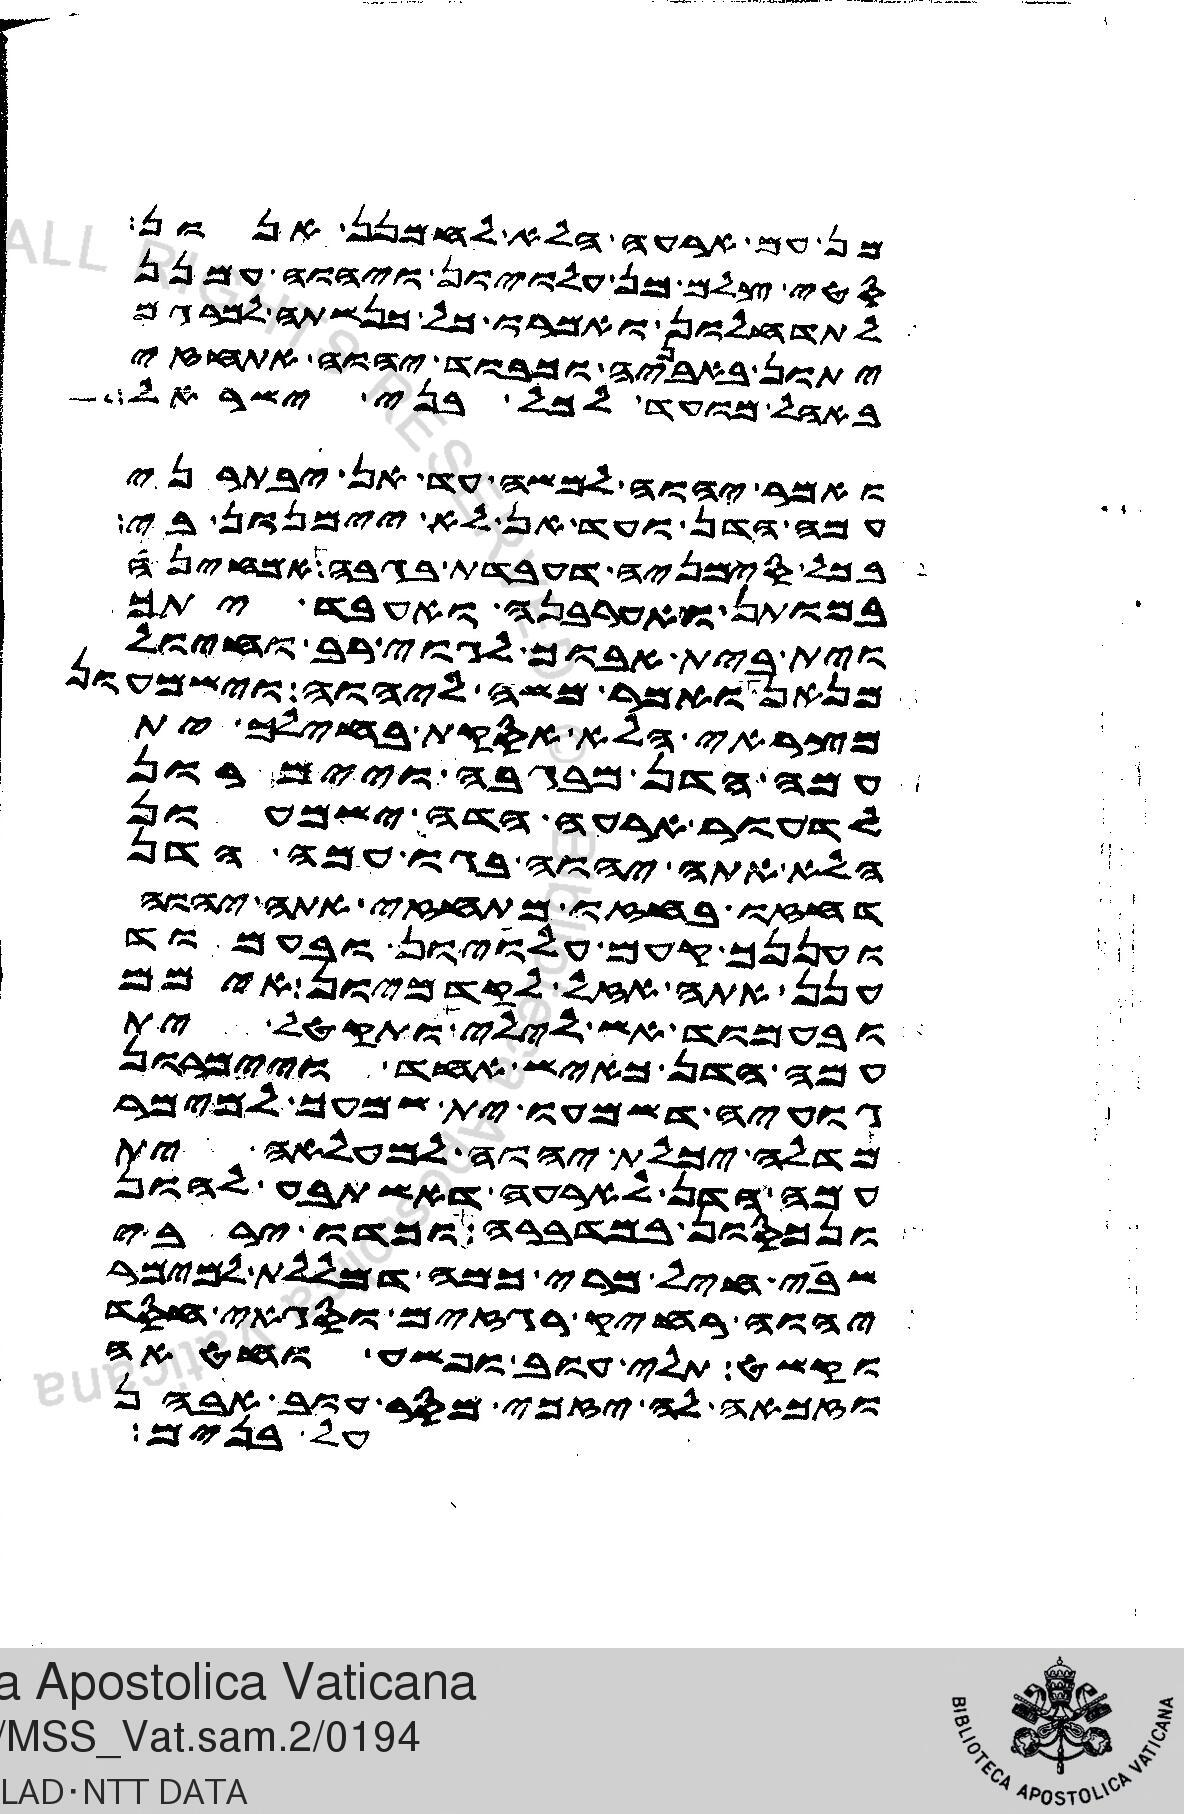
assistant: מן עם ארעה הלא לחמנן אנון
סטי צלם מן עלויון ויהוה עמנן
לתדחלון ואמרו כל כנשתה למרגם
יתון באבניה וכבוד יהוה אתחזי
באהל מועד לכל בני ישראל
ואמר יהוה למשה עד אן יבתרני
עמה הדן ועד אן לא יימנון בי
בכל סימניה דעבדת בגבה אמחינה
במותן ואערבנה ואעבד יתך
וית בית אבוך לגוי רב וחיול
מנאן ואמר משה ליהוה וישמעון
מצראי הלא אסקת בחילך ית
עמה הדן מבגבה ויימרון
לדעור ארעה הדה וישמעון
הלא אתה יהוה בגו עמה הדן
דחזו בחזו מתחזי אתה יהוה
ועננך קעם עלויון ובעמוד
ענן אתה אזל לקדמיון אימם
ובעמוד אש לילי ותקטל ית
עמה הדן כאיש אחד ויימרון
גועיה דשמעו ית שמעך למימר
מדלה יכלת יהוה למעלאה ית
עמה הדן לארעה דאשתבע להון
ונכסון במדברה וכדו ירבי
שבי חיל מרי כמה מללת למימר
יהוה רחיק רגזים וסגאי חסד
וקשט תלי עוב ופשע וחטאה
וזכאה לה יזכי מסר עוב אבהן
על בנים